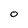
Character: O